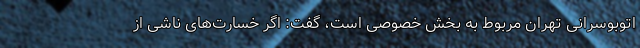
اتوبوسرانی تهران مربوط به بخش خصوصی است، گفت: اگر خسارت‌های ناشی از